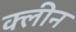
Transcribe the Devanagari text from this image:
क्‍लीन